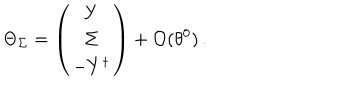
LaTeX: \Theta _ { \Sigma } = \left( \begin{array} { c } { { Y } } \\ { { \Sigma } } \\ { { - Y ^ { \dagger } } } \\ \end{array} \right) + { \cal O } ( \theta ^ { 0 } ) \, .